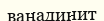
ванадинит